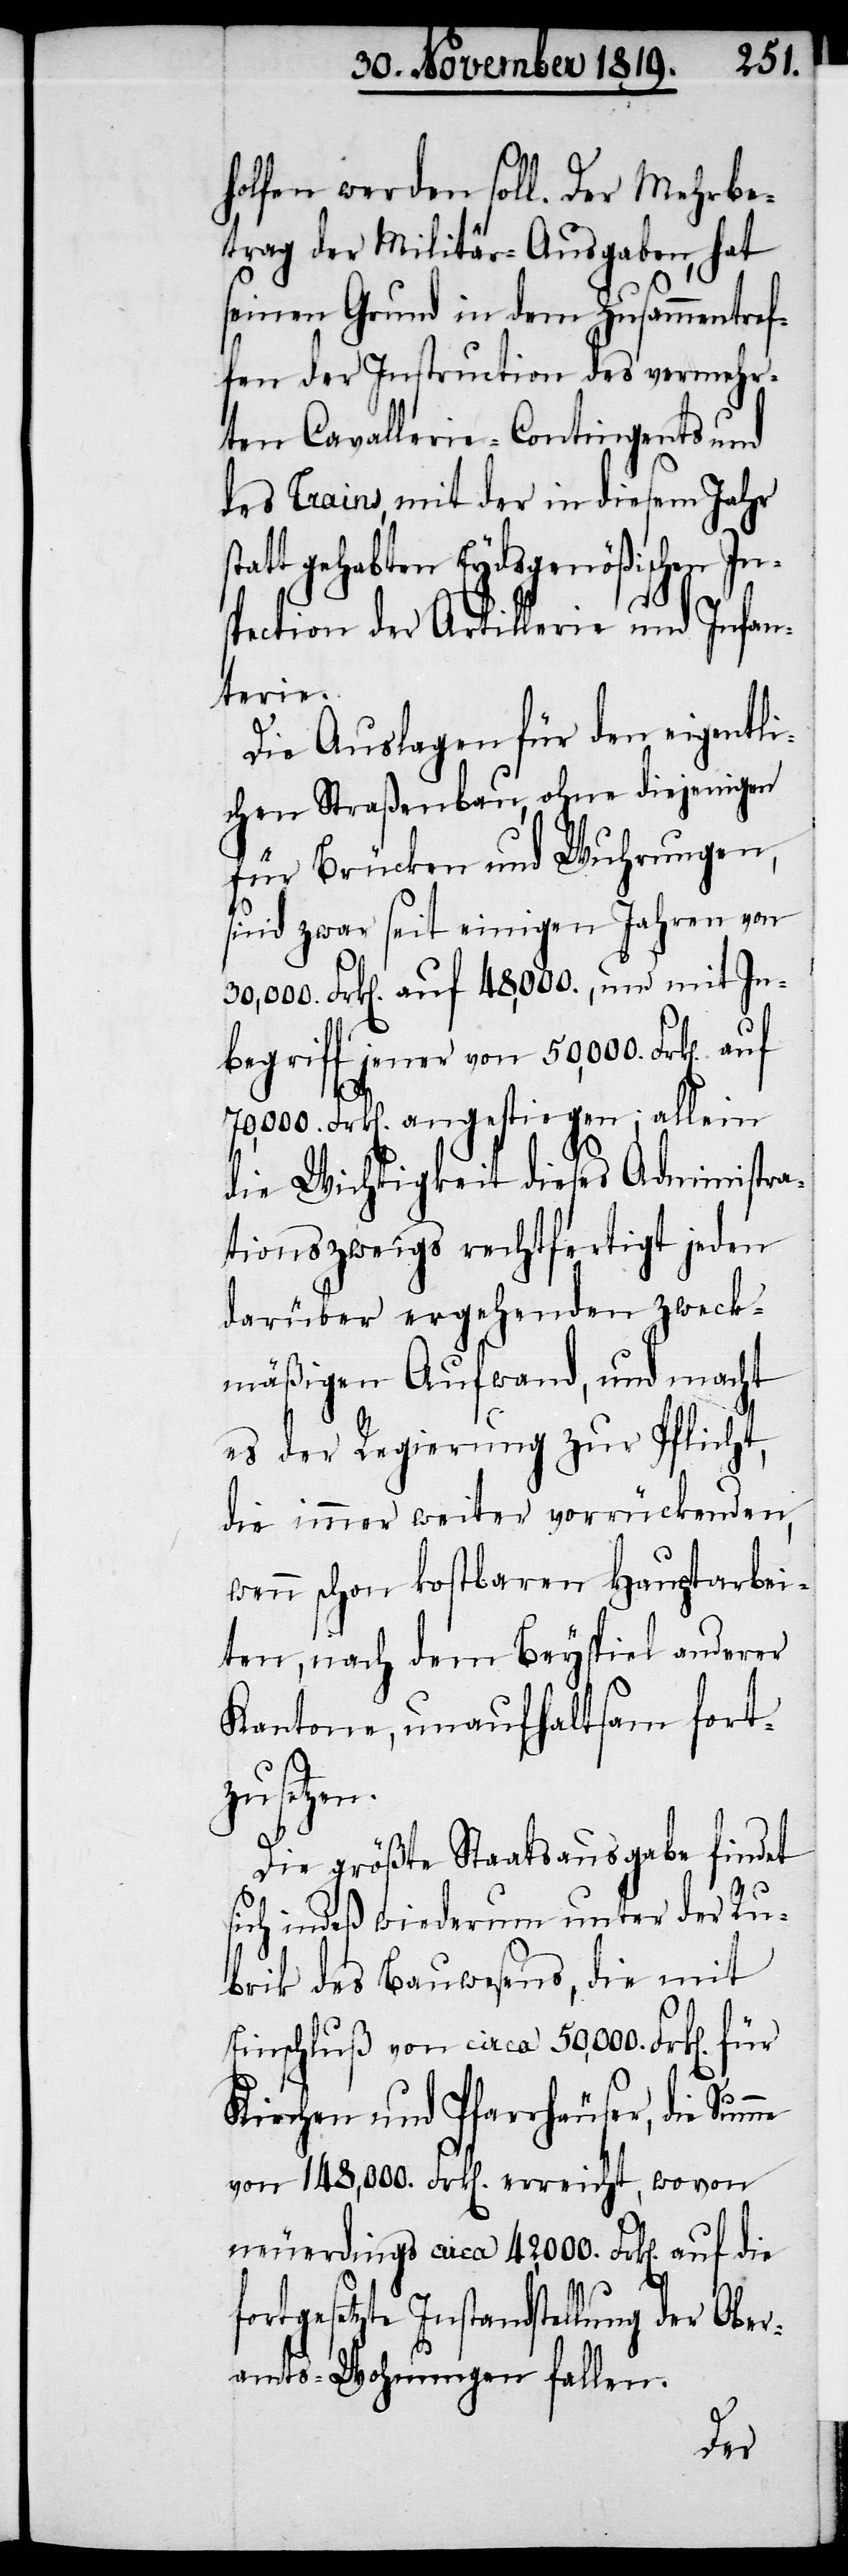
holfen werden soll. Der Mehrbe¬
trag der Militär-Ausgaben, hat
seinen Grund in dem Zusammentref¬
fen der Instruction des vermehr¬
ten Cavallerie-Contingents und
des Trains, mit der in diesem Jahr
tatt gehabten Eydsgenößischen In¬
spection der Artillerie und Infan¬
terie.
Die Auslagen für den eigentli¬
chen Straßenbau, ohne diejenigen
für Brücken und Wuhrungen,
sind zwar seit einigen Jahren von
30,000. Frk[en]. auf 48,000., und mit In¬
begriff jener von 50,000. Frk[en].
70,000 Frk[en]. angestiegen; allein
die Wichtigkeit dieses Administra¬
tionszweigs rechtfertigt jeden
darüber ergehenden zweck¬
mäßigen Aufwand, und macht
es der Regierung zur Pflicht,
die immer weiter vorrückenden,
wenn schon kostbaren Hauptarbei¬
ten, nach dem Beyspiel anderer
Kantone, unaufhaltsam fort¬
zusetzen.
Die größte Staatsausgabe findet
sich indeß wiederum unter der Ru¬
brik des Bauwesens, die mit
Einschluß von circa 50,000. Frk[en].
Kirchen und Pfarrhäuser, die Sum¬
von 148,000. Frk[en]. erreicht, wovon
neuerdings circa 42,000. Frk[en]. auf die
Instandstellung der Ober¬
amts-Wohnungen fallen.
me